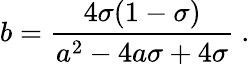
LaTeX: {{b}}={\frac{4\sigma(1-\sigma)}{{{a}}^{2}-4{{a}}\sigma+4\sigma}}\ .